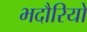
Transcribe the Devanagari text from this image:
भदौरियो